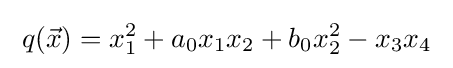
\;q({\vec {x}})=x_{1}^{2}+a_{0}x_{1}x_{2}+b_{0}x_{2}^{2}-x_{3}x_{4}\;